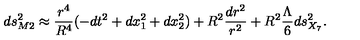
d s _ { M 2 } ^ { 2 } \approx { \frac { r ^ { 4 } } { R ^ { 4 } } } ( - d t ^ { 2 } + d x _ { 1 } ^ { 2 } + d x _ { 2 } ^ { 2 } ) + R ^ { 2 } \frac { d r ^ { 2 } } { r ^ { 2 } } + R ^ { 2 } \frac { \Lambda } { 6 } d s _ { X _ { 7 } } ^ { 2 } .